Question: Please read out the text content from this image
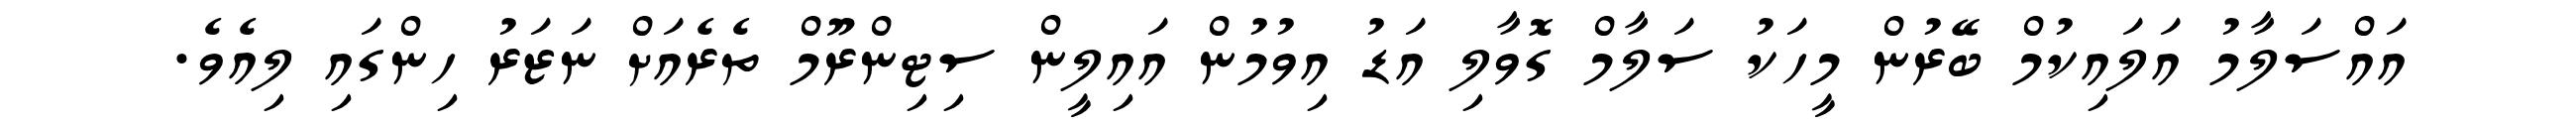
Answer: އައްސަލާމު އަލައިކުމް ބޭރުން މީހަކު ސަލާމް ގޮވާލި އަޑު އިވުމުން އައިލީން ސިޓިންރޫމް ތެރެއަށް ނަޒަރު ހިންގައި ލިއެވެ.